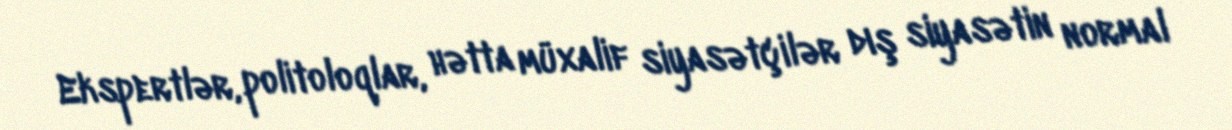
Ekspertlər, politoloqlar, hətta müxalif siyasətçilər dış siyasətin normal